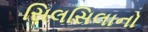
સિલસિલાનો